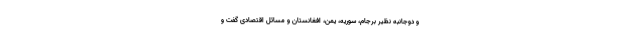
و دوجانبه نظیر برجام، سوریه، یمن، افغانستان و مسائل اقتصادی گفت و